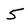
Character: 5